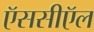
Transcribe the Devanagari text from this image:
ऍससीऍल